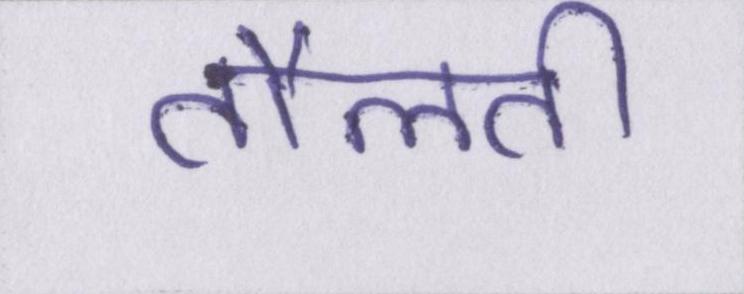
तौलती